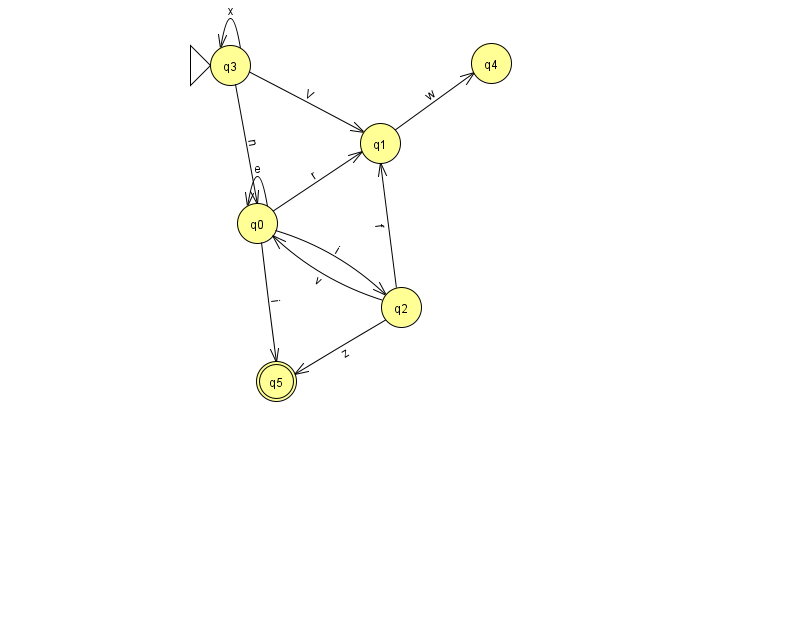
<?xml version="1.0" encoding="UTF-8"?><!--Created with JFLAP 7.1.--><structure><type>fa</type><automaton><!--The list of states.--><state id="0" name="q0"><x>257.0</x><y>210.0</y></state><state id="1" name="q1"><x>380.0</x><y>130.0</y></state><state id="2" name="q2"><x>401.0</x><y>294.0</y></state><state id="3" name="q3"><x>230.0</x><y>52.0</y><initial/></state><state id="4" name="q4"><x>491.0</x><y>50.0</y></state><state id="5" name="q5"><x>276.0</x><y>368.0</y><final/></state><!--The list of transitions.--><transition><from>3</from><to>0</to><read>n</read></transition><transition><from>0</from><to>5</to><read>i</read></transition><transition><from>2</from><to>5</to><read>z</read></transition><transition><from>3</from><to>1</to><read>V</read></transition><transition><from>0</from><to>0</to><read>e</read></transition><transition><from>2</from><to>0</to><read>v</read></transition><transition><from>1</from><to>4</to><read>w</read></transition><transition><from>3</from><to>3</to><read>x</read></transition><transition><from>0</from><to>2</to><read>i</read></transition><transition><from>0</from><to>1</to><read>r</read></transition><transition><from>2</from><to>1</to><read>f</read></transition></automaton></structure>